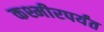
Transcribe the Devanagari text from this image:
कश्मीरपर्यंत